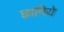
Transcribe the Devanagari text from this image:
छानिये